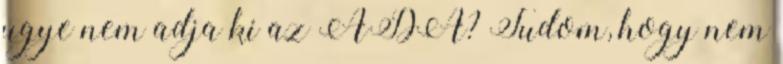
ugye nem adja ki az ADA? Tudom, hogy nem